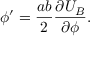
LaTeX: \phi ^ { \prime } = \frac { a b } { 2 } \frac { \partial U _ { B } } { \partial \phi } .